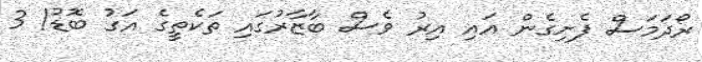
ރޯދަމަސް ފެށިގެން އައި އިރު ވެސް ބާޒާރުގައި ތަކެތީގެ އަގު ބޮޑު! 3